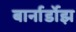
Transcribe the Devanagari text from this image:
बार्नार्डोझ